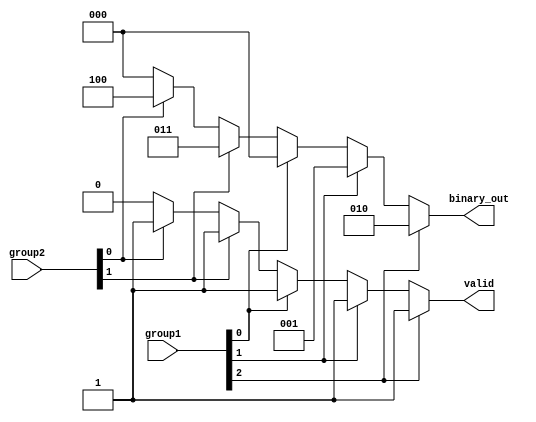
module dual_priority_encoder (
    input wire [2:0] group1,  // Inputs I0, I1, I2 (3 bits for Group 1)
    input wire [1:0] group2,  // Inputs I3, I4 (2 bits for Group 2)
    output reg [2:0] binary_out, // Binary output to represent the index
    output reg valid           // Valid output indicating active input
);

// Always block for combinational logic
always @(*) begin
    // Initialize outputs
    binary_out = 3'b000;   // Default output
    valid = 1'b0;          // Default valid signal to low

    // Priority Level 1: Check Group 1 Inputs (Higher Priority)
    if (group1[2]) begin
        binary_out = 3'b010;  // Output for I2 (index 2)
        valid = 1'b1;
    end else if (group1[1]) begin
        binary_out = 3'b001;  // Output for I1 (index 1)
        valid = 1'b1;
    end else if (group1[0]) begin
        binary_out = 3'b000;  // Output for I0 (index 0)
        valid = 1'b1;
    end 
    // Priority Level 2: Check Group 2 Inputs (Lower Priority)
    else if (group2[1]) begin
        binary_out = 3'b011; // Output for I4 (index 3)
        valid = 1'b1;
    end else if (group2[0]) begin
        binary_out = 3'b100; // Output for I3 (index 4)
        valid = 1'b1;
    end
    // If no inputs are active, all outputs stay at defaults
end

endmodule